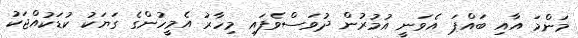
މަންމަ އާއި ބައްޕަ އެވަނީ އުމުރުން ދުވަސްވެފައި މިހާރު އެމީހުންގެ ގަޔަކު ކުޑަކުއްޖަކު